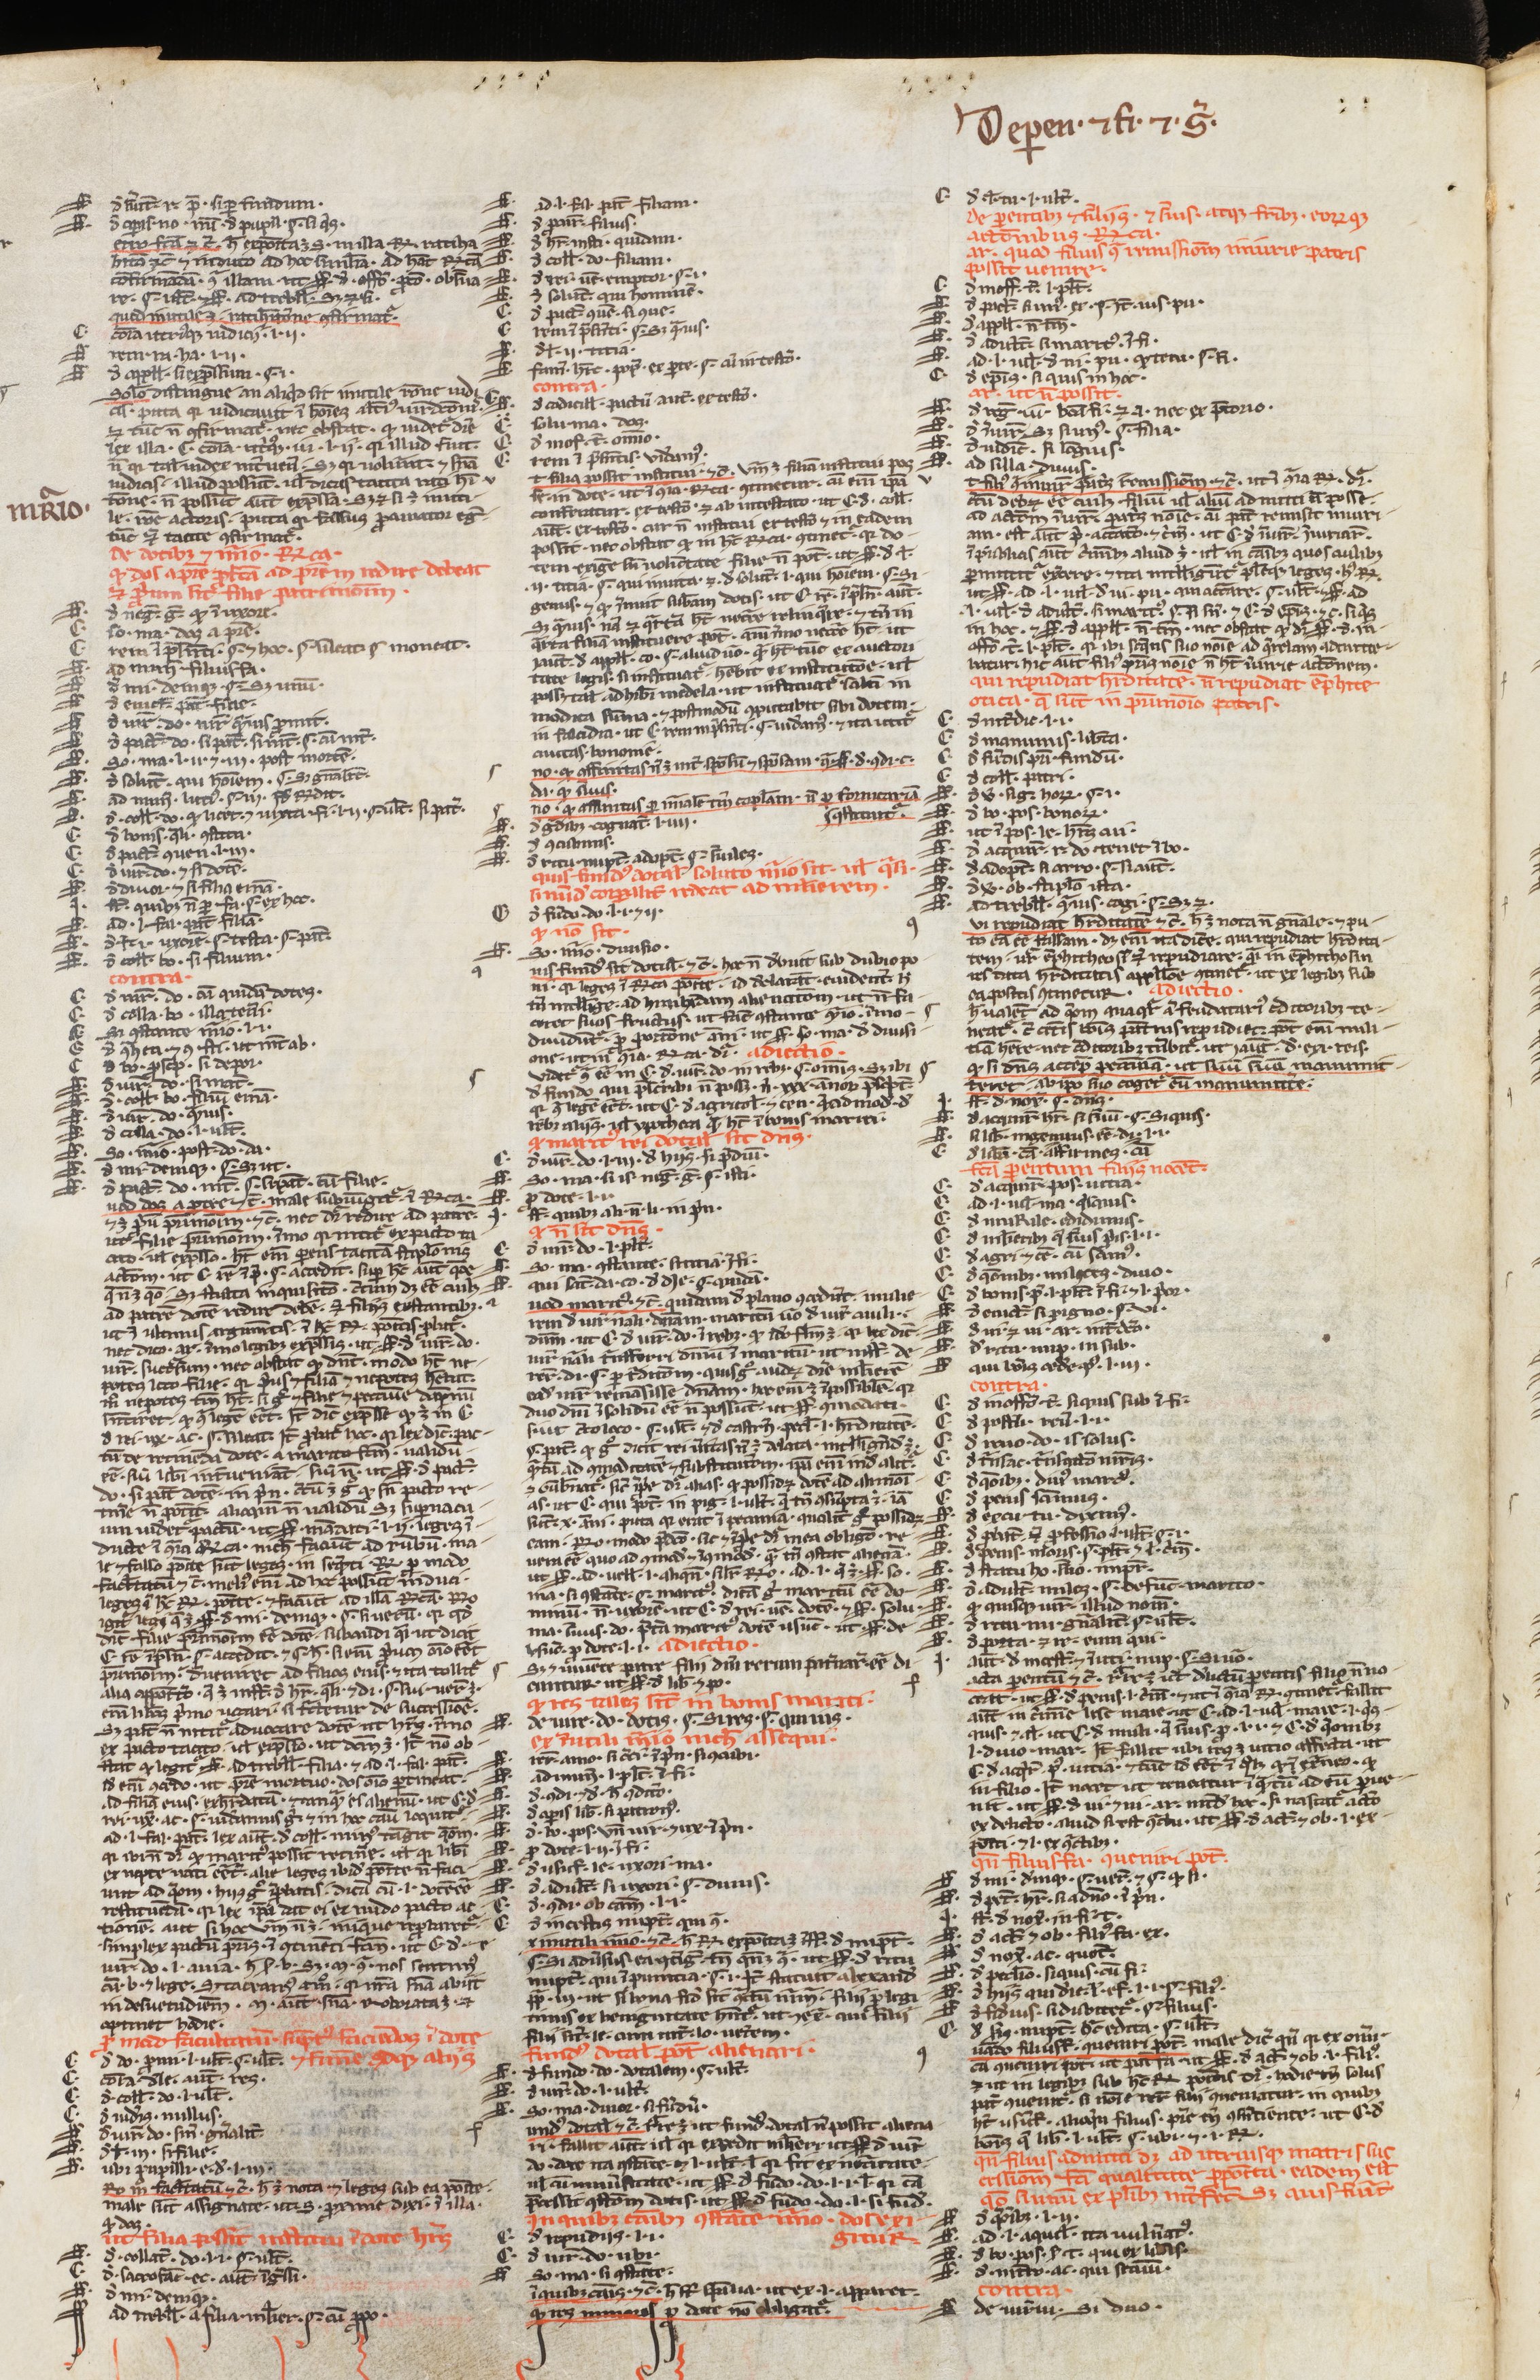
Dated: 1200–1224